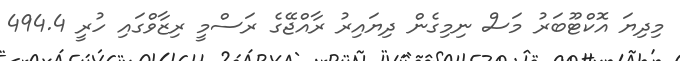
މިދިޔަ އޮކްޓޫބަރު މަސް ނިމިގެން ދިޔައިރު ރާއްޖޭގެ ރަސްމީ ރިޒާވްގައި ހުރީ 494.4